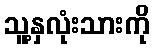
သူ့နှလုံးသားကို